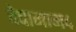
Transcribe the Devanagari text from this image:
देवागाम४